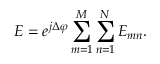
E = e ^ { j \Delta \varphi } \sum _ { m = 1 } ^ { M } \sum _ { n = 1 } ^ { N } E _ { m n } .